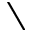
\setminus